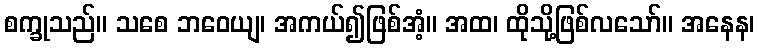
စက္ခုသည်။ သစေ ဘဝေယျ၊ အကယ်၍ဖြစ်အံ့။ အထ၊ ထိုသို့ဖြစ်လသော်။ အနေန၊